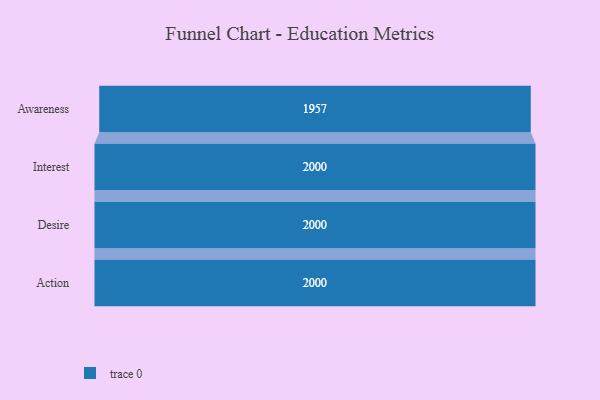
{"axis": {"x": "Stage", "y": "Value"}, "legend": [""], "data": [{"x": "Awareness", "y": 1957.0, "type": ""}, {"x": "Interest", "y": 2000, "type": ""}, {"x": "Desire", "y": 2000, "type": ""}, {"x": "Action", "y": 2000, "type": ""}]}